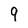
Character: 9